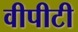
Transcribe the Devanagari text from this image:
वीपीटी